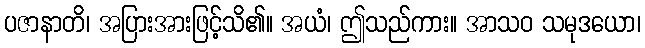
ပဇာနာတိ၊ အပြားအားဖြင့်သိ၏။ အယံ၊ ဤသည်ကား။ အာသဝ သမုဒယော၊